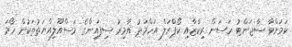
ކަމަށްވާ ސާޖަންޓު ހަސަން ރިކާޒާއި ކޯޕްރަލް އަހްމަދު އާމިރު ސިފައިންގެ މަސްއޫލިއްޔަތުތަކުން ހޯމަ